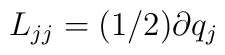
L_{jj}=(1/2)\partial q_{j}